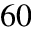
_ { 6 0 }